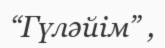
“Гүләйім” ,